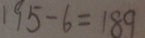
1 9 5 - 6 = 1 8 9